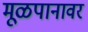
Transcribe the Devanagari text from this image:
मूळपानावर